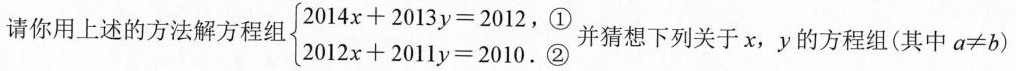
请你用上述的方法解方程组 $$2 0 1 4 + 2 0 1 3 y = 2 0 1 2$$①2 0 1 2 x + 2 0 1 1 y = 2 0 1 0$$.②并猜想下列关于x，y的方程组(其中a≠b)